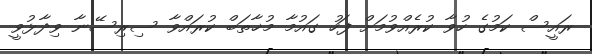
ރައީސް ކަމުގެ ހުވާ ކުރެއްވުމަށް ފަހު ގައުމާ މުޚާތަބް ކުރައްވާ ސިރިސޭނާ ވިދާޅުވީ